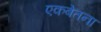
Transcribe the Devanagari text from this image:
एकबेतना